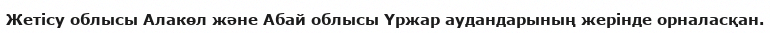
Жетісу облысы Алакөл және Абай облысы Үржар аудандарының жерінде орналасқан.